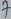
Text: 7